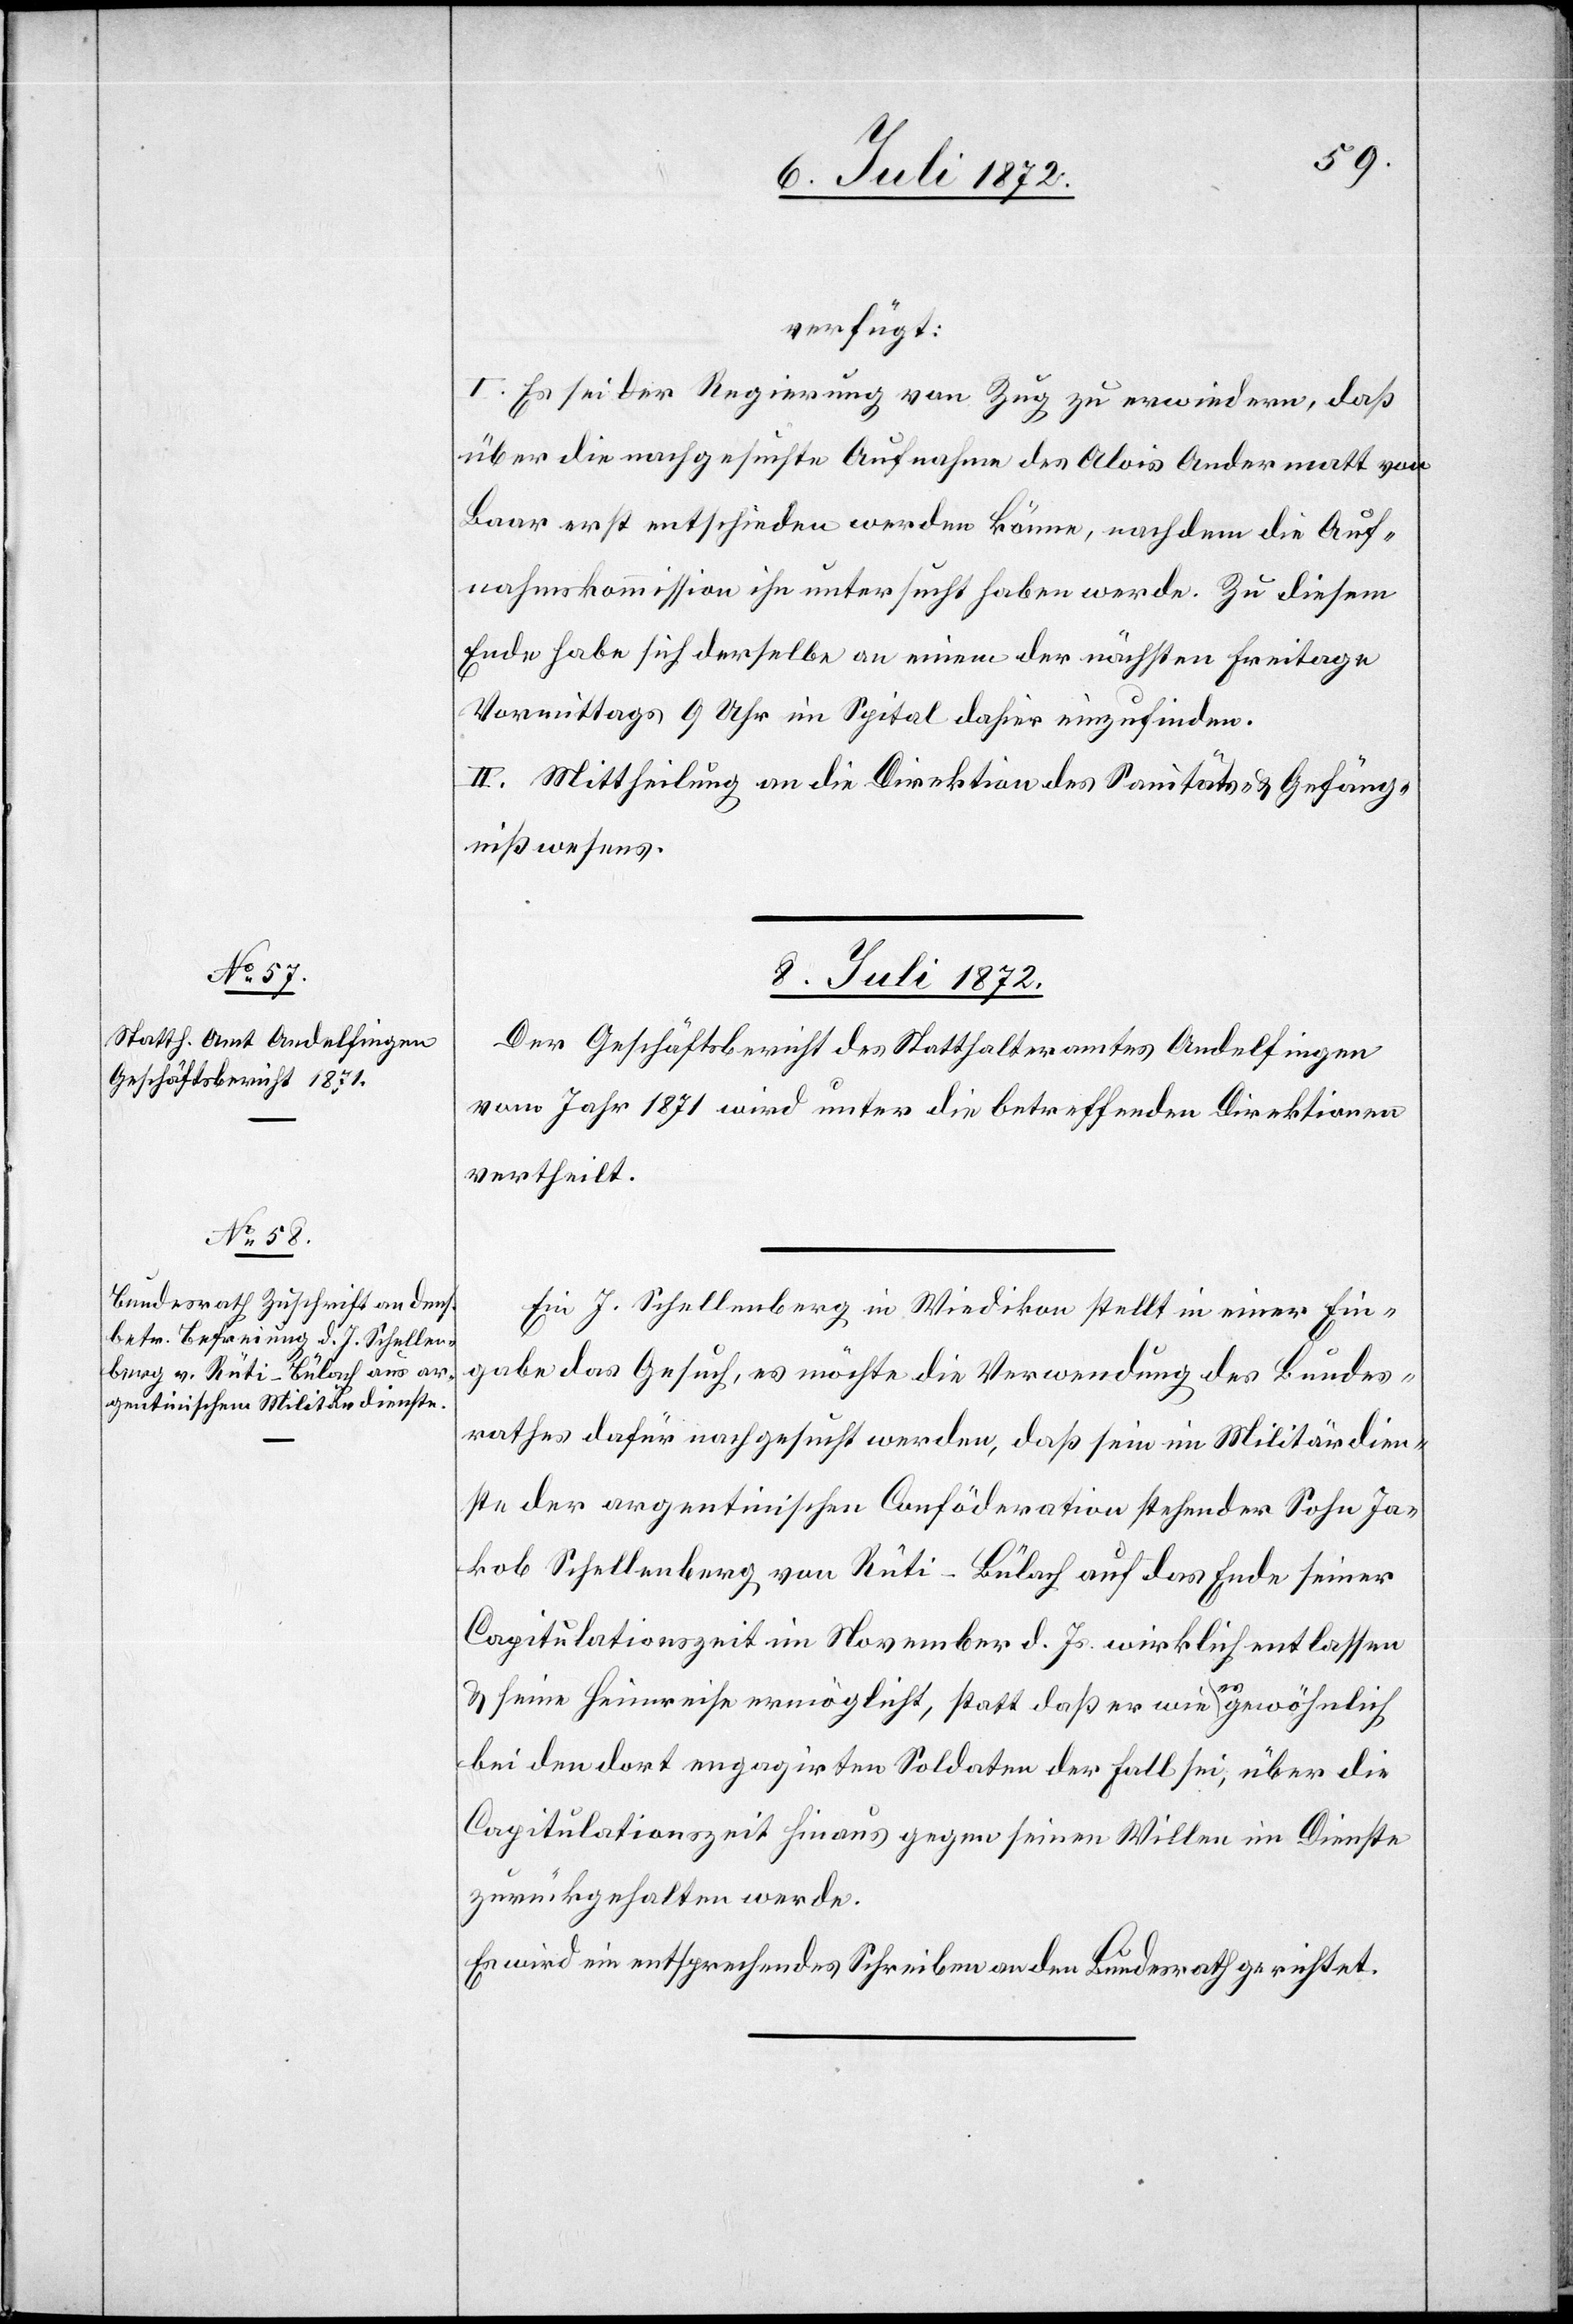
verfügt:
I. Es sei der Regierung von Zug zu erwiedern, daß
über die nachgesuchte Aufnahme des Alois Andermatt von
Baar erst entschieden werden könne, nachdem die Auf¬
nahmskommission ihn untersucht haben werde. Zu diesem
Ende habe sich derselbe an einem der nächsten Freitage
Vormittags 9 Uhr im Spital dahier einzufinden.
II. Mittheilung an die Direktion des Sanitäts- u. Gefäng¬
nißwesens.
8. Juli 1872.]
Der Geschäftsbericht des Statthalteramtes Andelfingen
vom Jahr 1871 wird unter die betreffenden Direktionen
vertheilt.
Ein J. Schellenberg in Wiedikon stellt in einer Ein¬
gabe das Gesuch, es möchte die Verwendung des Bundes¬
rathes dafür nachgesucht werden, daß sein im Militärdien¬
ste der argentinischen Conföderation stehender Sohn Ja¬
kob Schellenberg von Rüti-Bülach auf das Ende seiner
Capitulationszeit im November d. Js. wirklich entlassen
u. seine Heimreise ermöglicht, statt daß er wie es gewöhnlich
bei den dort engagirten Soldaten der Fall sei, über die
Capitulationszeit hinaus gegen seinen Willen im Dienste
zurückgehalten werde.
Es wird ein entsprechendes Schreiben an den Bundesrath gerichtet.